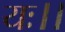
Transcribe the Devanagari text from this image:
यः।।